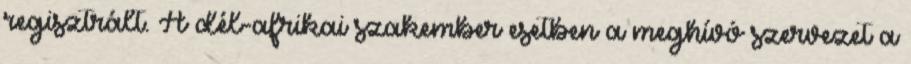
regisztrált. A dél-afrikai szakember esetben a meghívó szervezet a